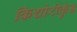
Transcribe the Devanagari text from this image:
किशोरीकुंड